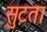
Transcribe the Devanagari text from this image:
सुटता